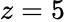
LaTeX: z=5